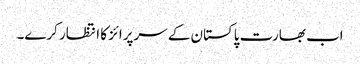
اب بھارت پاکستان کے سرپرائز کا انتظار کرے۔